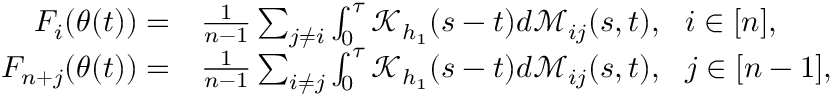
\begin{array} { r l } { F _ { i } ( \theta ( t ) ) = } & { \frac { 1 } { n - 1 } \sum _ { j \neq i } \int _ { 0 } ^ { \tau } \mathcal { K } _ { h _ { 1 } } ( s - t ) d \mathcal { M } _ { i j } ( s , t ) , ~ ~ i \in [ n ] , } \\ { F _ { n + j } ( \theta ( t ) ) = } & { \frac { 1 } { n - 1 } \sum _ { i \neq j } \int _ { 0 } ^ { \tau } \mathcal { K } _ { h _ { 1 } } ( s - t ) d \mathcal { M } _ { i j } ( s , t ) , ~ ~ j \in [ n - 1 ] , } \end{array}